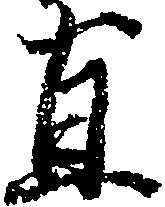
直